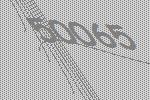
50065